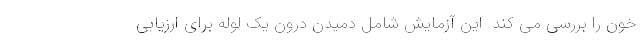
خون را بررسی می کند. این آزمایش شامل دمیدن درون یک لوله برای ارزیابی